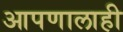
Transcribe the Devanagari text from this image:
आपणालाही